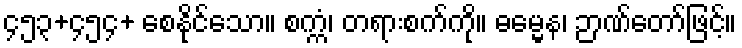
၄၅၃+၄၅၄+ စေနိုင်သော။ စက္ကံ၊ တရားစက်ကို။ ဓမ္မေန၊ ဉာဏ်တော်ဖြင့်။